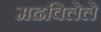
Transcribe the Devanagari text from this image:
मढविलेले